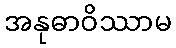
အနုဓာဝိဿာမ